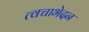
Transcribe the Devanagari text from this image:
त्वचाभेदन